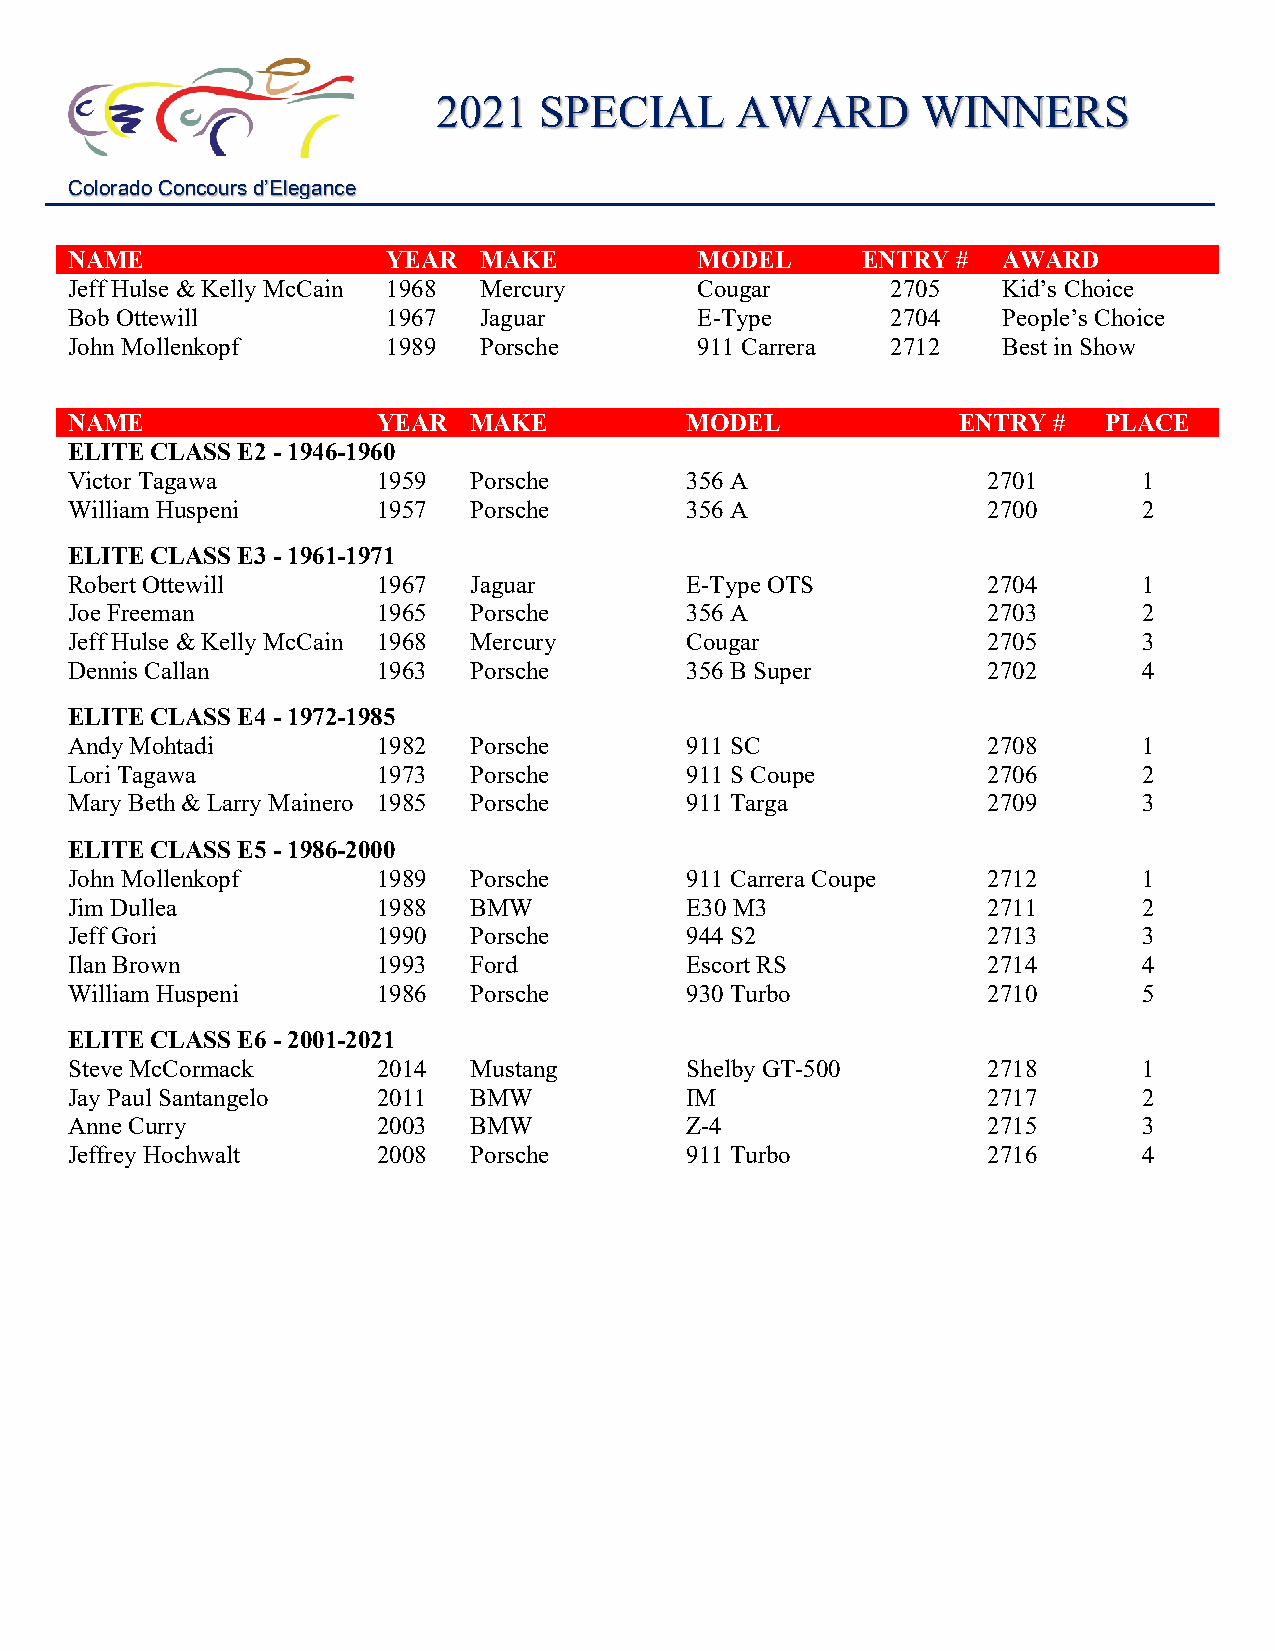
2021   SPECIAL      AWARD       WINNERS
 Colorado Concours d’Elegance
 NAME                  YEAR  MAKE          MODEL      ENTRY #  AWARD
 Jeff Hulse & Kelly McCain 1968 Mercury    Cougar       2705   Kid’s Choice
 Bob Ottewill          1967  Jaguar        E-Type       2704   People’s Choice
 John Mollenkopf       1989  Porsche       911 Carrera  2712   Best in Show
 NAME                 YEAR  MAKE          M ODEL            ENTRY  #  PLACE
 ELITE CLASS E2 - 1946-1960
 Victor Tagawa        1959  Porsche       356 A               2701       1
 William Huspe ni     1 957 P orsche      3 56 A              2700       2
 ELITE CLASS E3 - 1961-1971
 Robert Ottewill      1967  Jaguar        E-Type OTS          2704       1
 Joe Freeman          1965  Porsche       356 A               2703       2
 Jeff Hulse & Kelly McCain 1968 Mercury   Cougar              2705       3
 Dennis Callan        1 963 P orsche      3 56 B Super        2702       4
 ELITE CLASS E4 - 1972-1985
 Andy Mohtadi         1982  Porsche       911 SC              2708       1
 Lori Tagawa          1973  Porsche       911 S Coupe         2706       2
 Mary Beth & L arry Mainero 1 985 P orsche 9 11 Targa         2709       3
 ELITE CLASS E5 - 1986-2000
 John Mollenkopf      1989  Porsche       911 Carrera Coupe   2712       1
 Jim Dullea           1988  BMW           E30 M3              2711       2
 Jeff Gori            1990  Porsche       944 S2              2713       3
 Ilan Brown           1993  Ford          Escort RS           2714       4
 William Huspe ni     1 986 P orsche      9 30 Turbo          2710       5
 ELITE CLASS E6 - 2001-2021
 Steve McCormack      2014  Mustang       Shelby GT-500       2718       1
 Jay Paul Santangelo  2011  BMW           IM                  2717       2
 Anne Curry           2003  BMW           Z-4                 2715       3
 Jeffrey Hochwalt     2008  Porsche       911 Turbo           2716       4